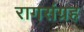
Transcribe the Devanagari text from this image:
रागसंग्रह